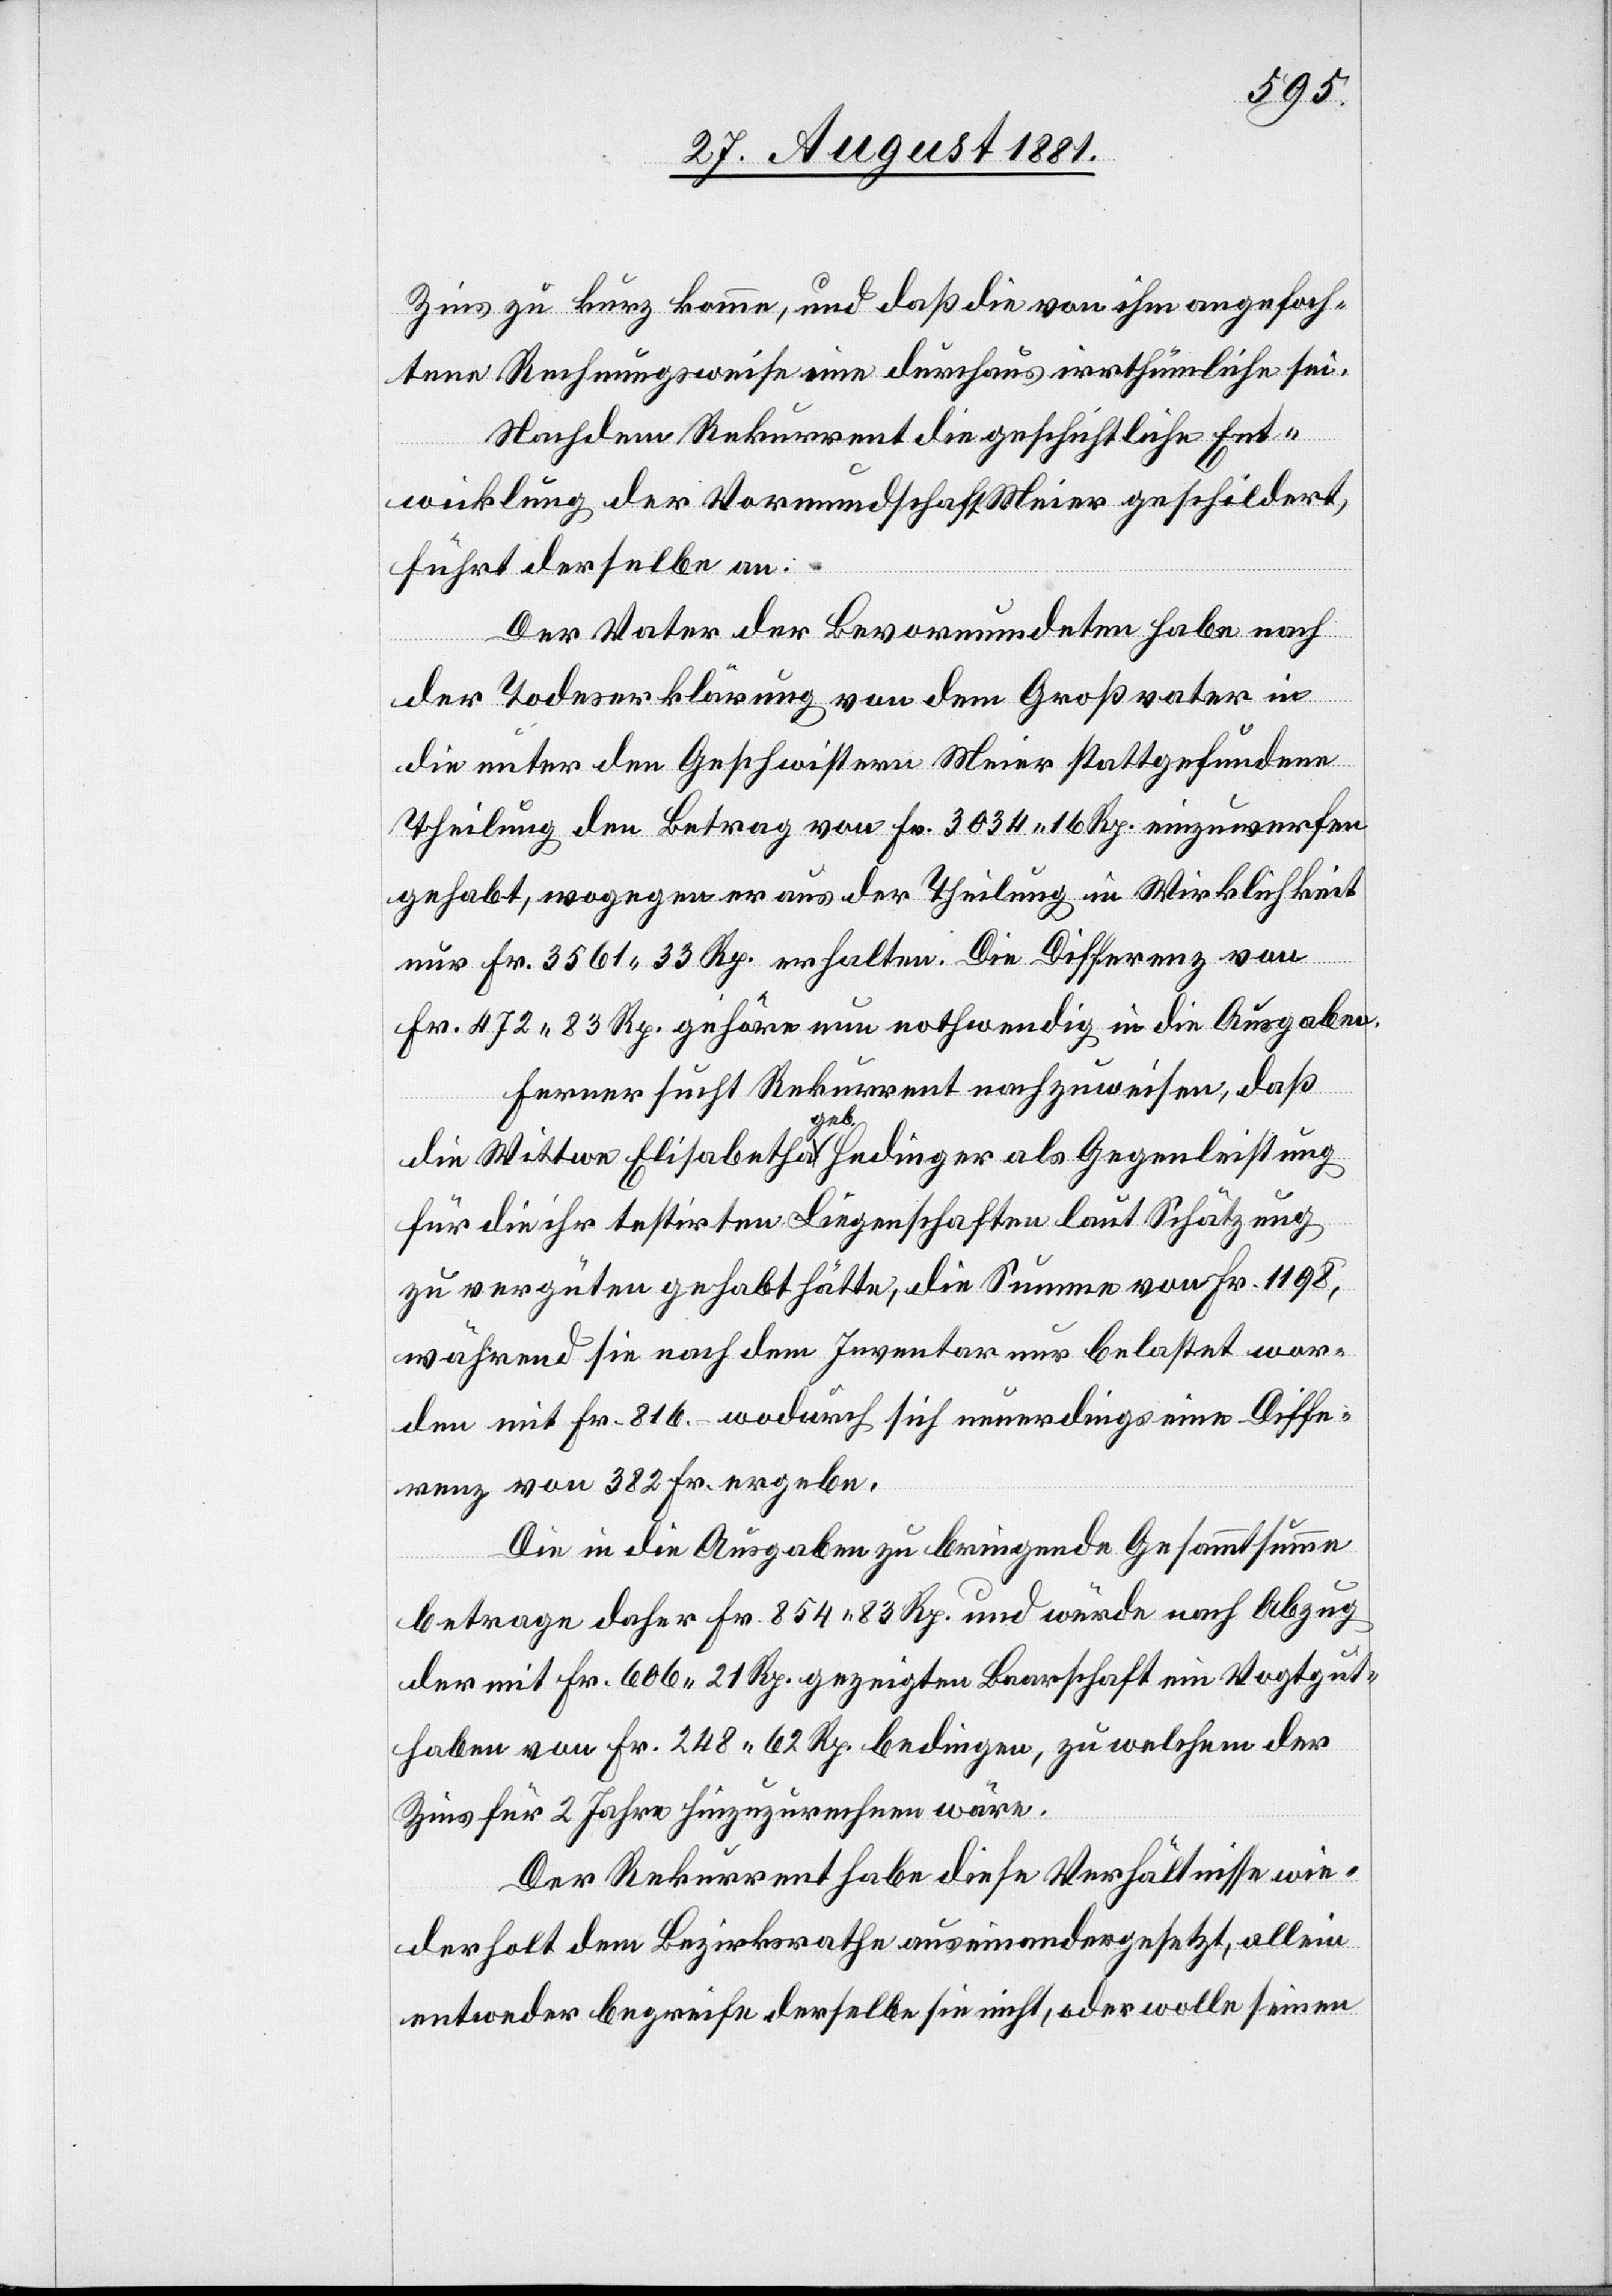
Zins zu kurz komme, und die von ihm angefoch¬
tene Rechnungsweise eine durchaus irrthümliche sei.
Nachdem Rekurrent die geschichtliche Ent¬
wicklung der Vormundschaft Meier geschildert,
führt derselbe an:
Der Vater der Bevormundeten habe nach
der Todeserklärung von dem Großvater in
die unter den Geschwistern Meier stattgefundene
Theilung den Betrag von Fr. 3034 16 Rp einzuwerfen
gehabt, wogegen er aus der Theilung in Wirklichkeit
nur Fr. 3561 83 Rp. erhalten. Die Differenz von
Fr. 472 83 Rp. gehöre nun nothwendig in die Ausgaben.
Ferner sucht Rekurrent nachzuweisen, daß
die Wittwe Elisabetha geb. Hedinger als Gegenleistung
für die ihr testirten Liegenschaften laut Schätzung
zu vergüten gehabt hätte, die Summe von Fr. 1198,
während sie nach dem Inventar nur belastet wor¬
den mit Fr. 816. wodurch sich neuerdings eine Diffe¬
renz von 382 Fr. ergebe.
Die in die Ausgaben zu bringende Gesammtsumme
betrage daher Fr. 854 83 Rp. und würde nach Abzug
der mit Fr. 606 21 Rp. gezeigten Baarschaft ein Vogtgut¬
haben von Fr. 248 62 Rp. bedingen, zu welchem der
Zins für 2 Jahre hinzuzurechnen wäre.
Der Rekurrent habe diese Verhältnisse wie¬
derholt dem Bezirksrathe auseinandergesetzt, allein
entweder begreife derselbe sie nicht, oder wolle seinen